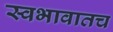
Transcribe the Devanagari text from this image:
स्वभावातच